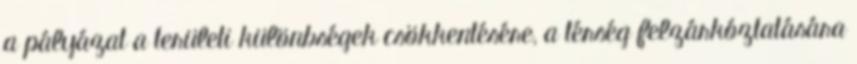
a pályázat a területi különbségek csökkentésére, a térség felzárkóztatására